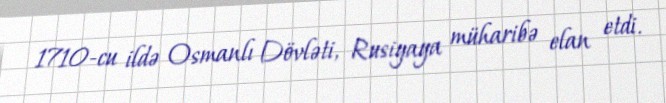
1710-cu ildə Osmanlı Dövləti, Rusiyaya müharibə elan etdi.